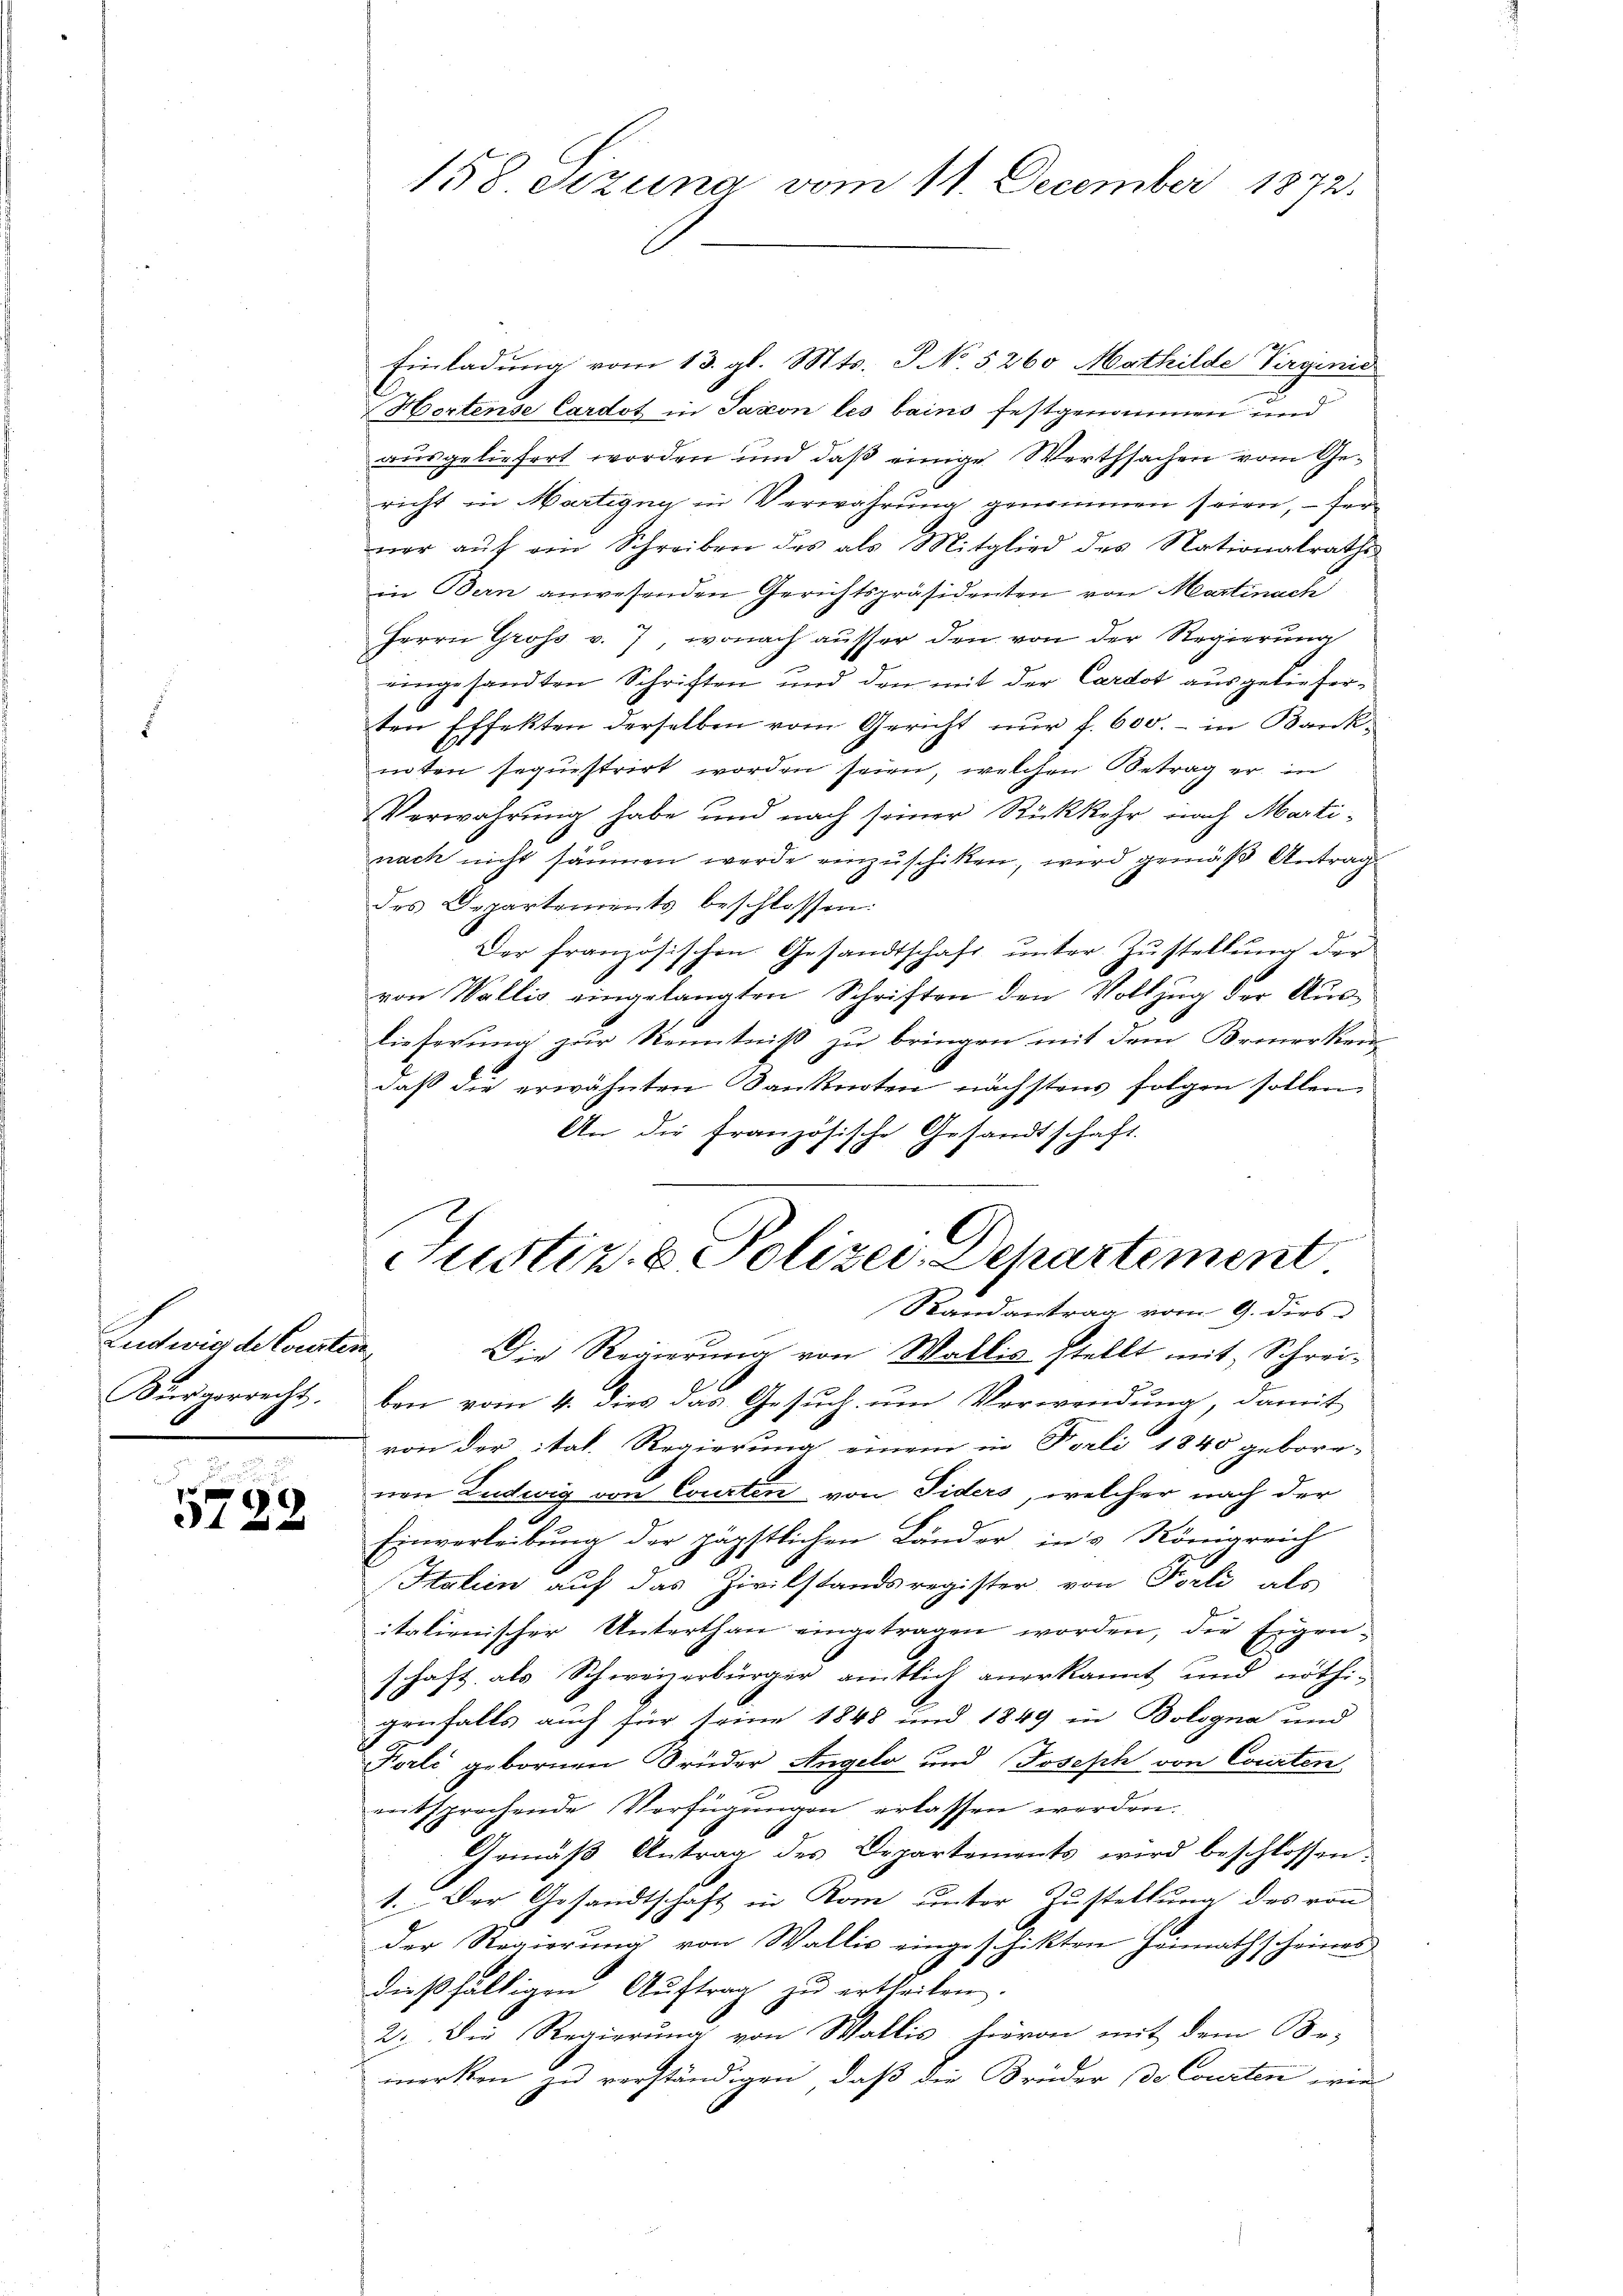
Ludtwies de Conster
Bürgerrecht.

e
¬

158 eizung vom 11. December 1872.

Einladung vom 13. gl. Mts. S No. 5260 Mathilde Verginić
Hortense Cardot in Saxon les bains festgenommen und
ausgeliefert worden und daß einige Werthsachen vom Gericht in Martigny in Verwahrung genommen seien, – fer
ner aŭf ein Schreiben des als Mitglied des Nationalraths
in Bern anwesenden Gerichtspräsidenten von Martinach
Herrn Gross v. 7, wonach ausser den von der Regierung
eingesandten Schriften und den mit der Cardot ausgelieferten Effekten derselben vom Gericht nur f. 600. - in Banknten sequestrirt worden seien, welchen Betrag er in
Verwahrung habe und nach seiner Rückkehr nach Martinach nicht säumen werde einzuschiken, wird gemäß Antrag
des Departements beschlossen:
Der französischen Gesandtschaft ŭnter Zŭstellŭng der
von Wallis eingelangten Schriften den Vollzŭg der Aŭs-
lieferung zur Kenntniß zu bringen mit dem Bemerken
daß die erwähnten Sanknoten nächstens folgen sollen,
An die französische Gesandtschaft.
G
Justiz & Polizei-Departement
Randantrag vom 9. dies
.
Die Regierung von Wallis stellt mit Schrei-
ben vom 4. dies das Gesuch um Verwendung, damit
von der ital. Regierung einem in Farli 1840 geborn-
nen Ludwig von Courten von Fiders, welcher nach der
Einverleibung der päpstlichen Länder ins Königreich
Italien auf das Zivilstandsregister, von Fieli als
italienischer Unterthan eingetragen worden, die Eigenschaft als Schweizerbürger amtlich anerkannt und nöthi-
genfalls auch für seine 1848 und 1849 in Bologna und
Forli gebornen Brüder Angelo und Joseph von Courten
entsprechende Verfügungen erlassen werden.
Gemäβ Antrag des Departements wird beschlossen:
1. Der Gesandtschaft in Rom unter Zustellung des von
der Regierung von Wallis eingeschikten Heimathscheines
dießfälligen Aŭftrag zu ertheilen
2. Die Regierung von Wallis hievon mit dem Be-
merken zu verständigen, daß die Brüder de Courten wie